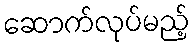
ဆောက်လုပ်မည့်